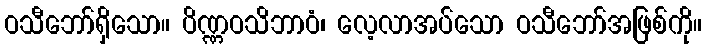
ဝသီဘော်ရှိသော။ ပိဏ္ဏဝသိဘာဝံ၊ လေ့လာအပ်သော ဝသီဘော်အဖြစ်ကို။